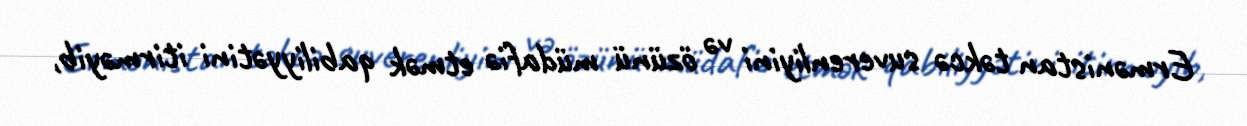
Ermənistan təkcə suverenliyini və özünü müdafiə etmək qabiliyyətini itirməyib,